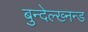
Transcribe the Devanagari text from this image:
बुन्देल्ख्नन्ड